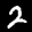
Label: 2